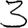
Digit: 3